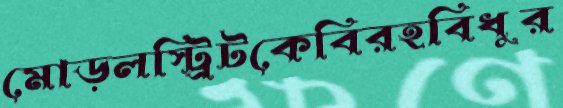
মোড়লস্ট্রিটকেবিরহবিধুর